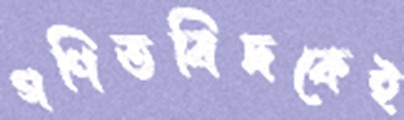
গণিতবিদকেই